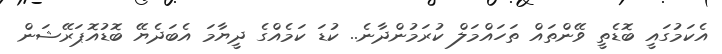
އެކަމުގައީ ބޮޑެތީ ވޭންތައް ތަހައްމަލް ކުރަމުންދާނެ.. ކުޑަ ކަމެއްގެ ދީޔާމަ އެބަދެޔޭ ބޮޑުއޮޕަރޭޝަން